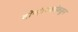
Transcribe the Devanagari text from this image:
दोन्हीपक्षांकडून